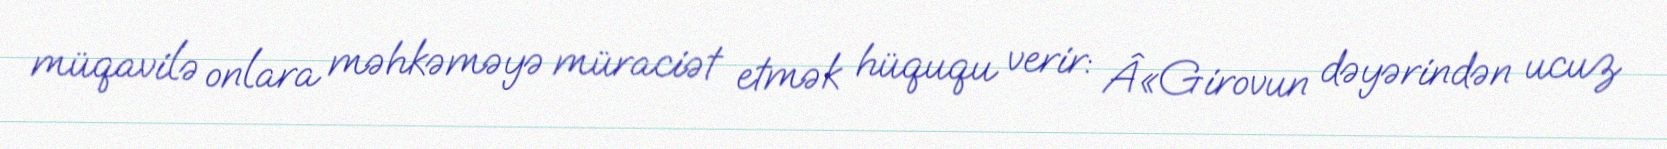
müqavilə onlara məhkəməyə müraciət etmək hüququ verir: Â«Girovun dəyərindən ucuz